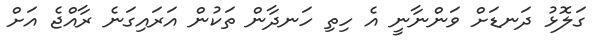
ގަލޮޅު ދަނޑަށް ވަންނާނީ އެ ހިތި ހަނދާން ތަކުން އަރައިގަނެ ރާއްޖެ އަށް